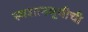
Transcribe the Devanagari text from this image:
स्मशानभूमीची